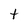
Character: t